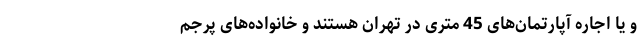
و یا اجاره آپارتمان‌های 45 متری در تهران هستند و خانواده‌های پرجم